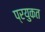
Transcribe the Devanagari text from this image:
प्रयुकत